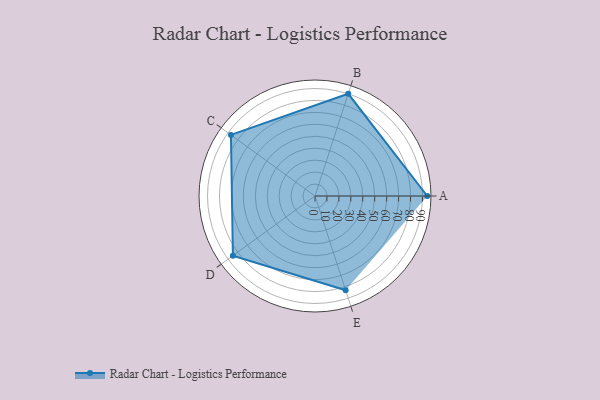
{"axis": {"x": "Skill", "y": "Score"}, "legend": ["Profile"], "data": [{"x": "A", "y": 94.0, "type": "Profile"}, {"x": "B", "y": 90.0, "type": "Profile"}, {"x": "C", "y": 87.0, "type": "Profile"}, {"x": "D", "y": 85.0, "type": "Profile"}, {"x": "E", "y": 83.0, "type": "Profile"}]}